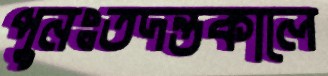
পুনঃতদন্তকালে